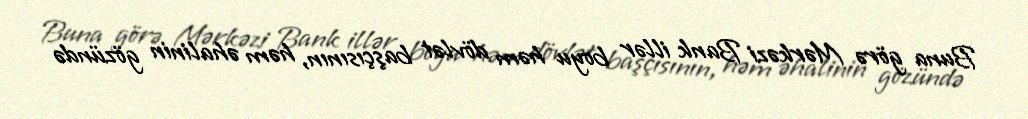
Buna görə Mərkəzi Bank illər boyu həm dövlət başçısının, həm əhalinin gözündə